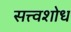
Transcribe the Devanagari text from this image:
सत्त्वशोध